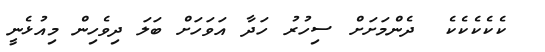
ކެކެކެކެކެ  ދެންމަށަށް ސިހުރު ހަދާ އަވަހަށް ބަލަ ދިވެހިން މިއުޅެނީ